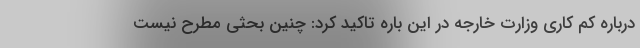
درباره کم کاری وزارت خارجه در این باره تاکید کرد: چنین بحثی مطرح نیست